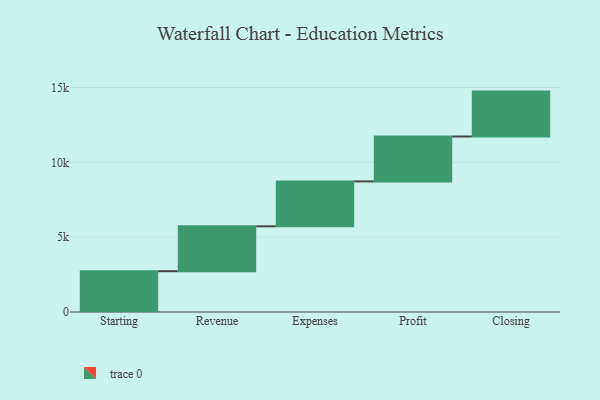
{"axis": {"x": "Step", "y": "Value"}, "legend": [""], "data": [{"x": "Starting", "y": 2725.0, "type": ""}, {"x": "Revenue", "y": 3000, "type": ""}, {"x": "Expenses", "y": 3000, "type": ""}, {"x": "Profit", "y": 3000, "type": ""}, {"x": "Closing", "y": 3000, "type": ""}]}